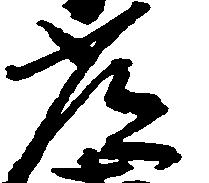
常